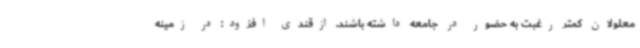
معلولان کمتر رغبت به حضور در جامعه داشته باشند. ازقندی افزود: در زمینه